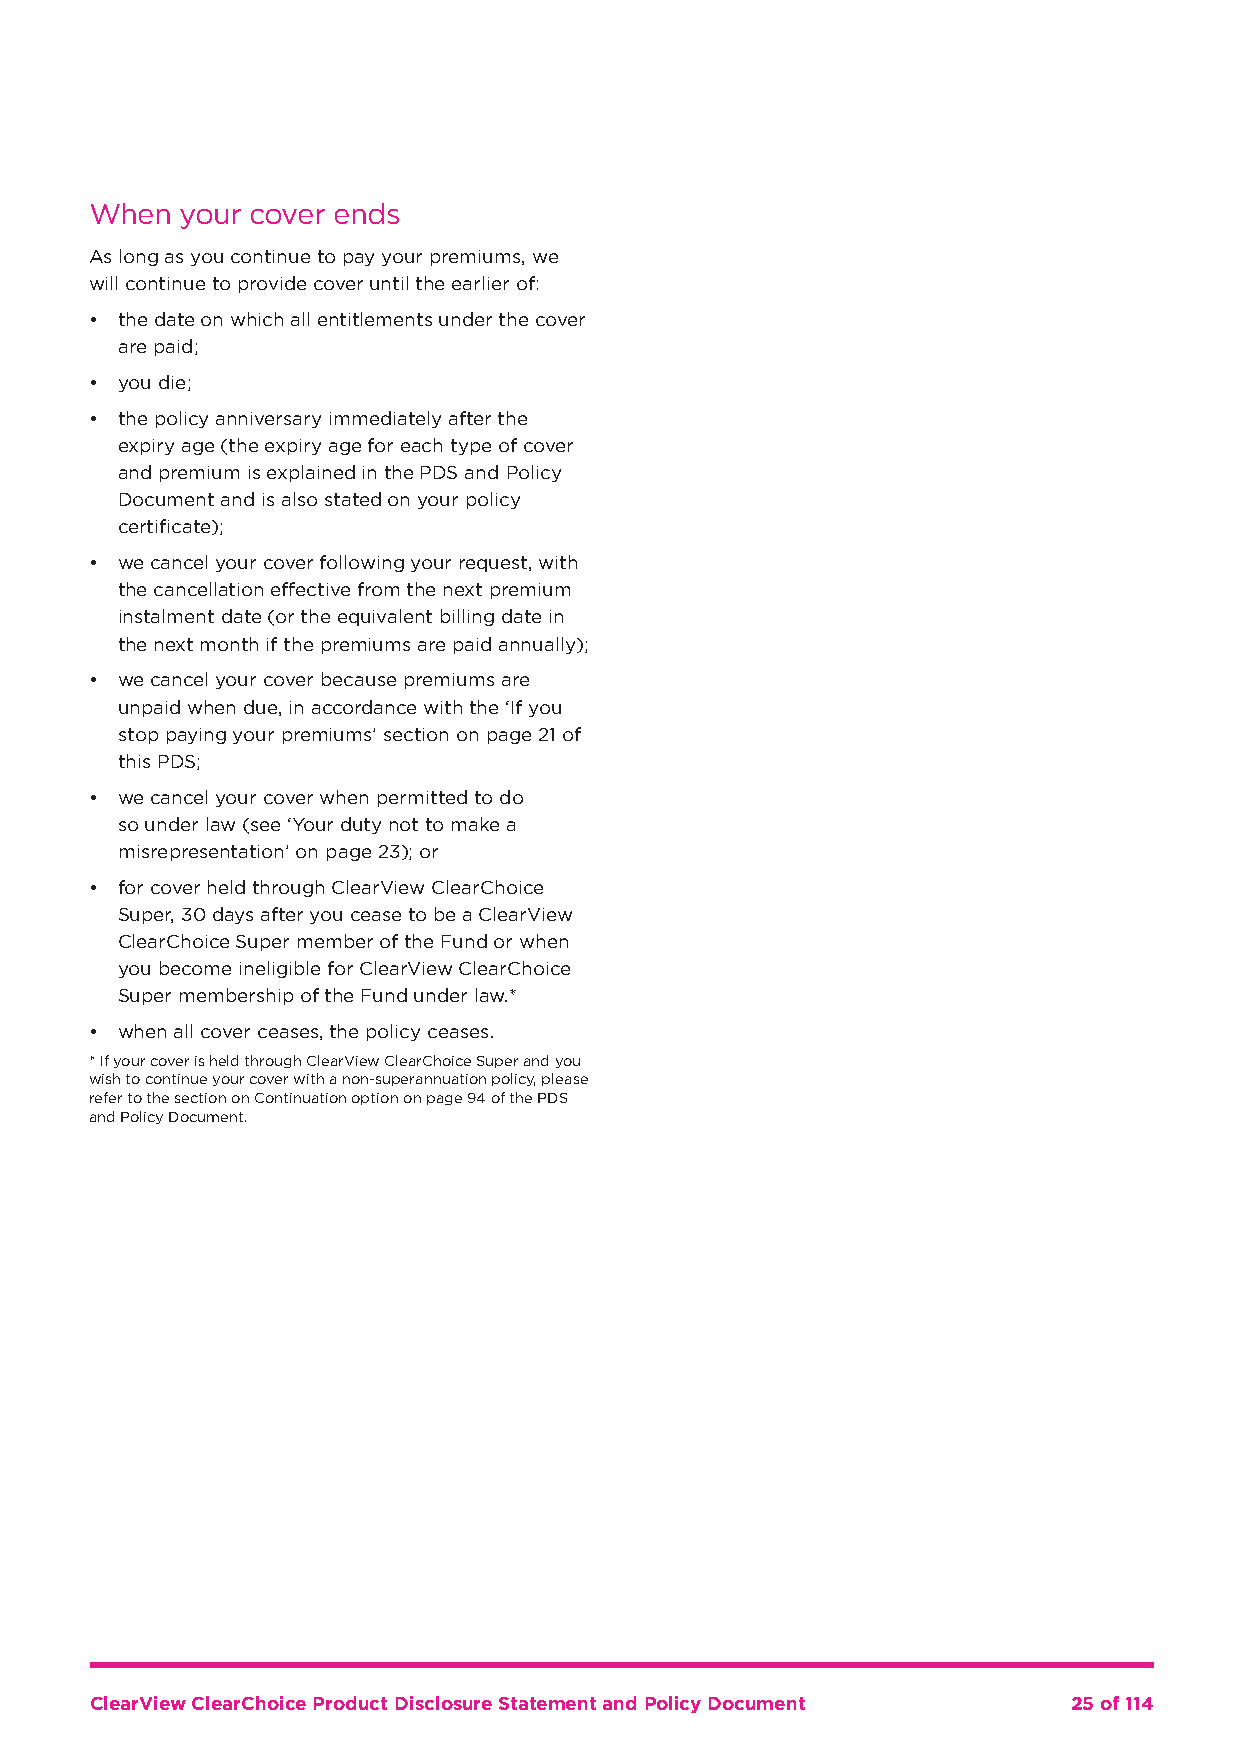
When  your cover ends
 As long as you continue to pay your premiums, we
 will continue to provide cover until the earlier of:
 • the date on which all entitlements under the cover
 are paid;
 • you die;
 • the policy anniversary immediately after the
 expiry age (the expiry age for each type of cover
 and premium is explained in the PDS and Policy
 Document and is also stated on your policy
 certificate);
 • we cancel your cover following your request, with
 the cancellation effective from the next premium
 instalment date (or the equivalent billing date in
 the next month if the premiums are paid annually);
 • we cancel your cover because premiums are
 unpaid when due, in accordance with the ‘If you
 stop paying your premiums’ section on page 21 of
 this PDS;
 • we cancel your cover when permitted to do
 so under law (see ‘Your duty not to make a
 misrepresentation’ on page 23); or
 • for cover held through ClearView ClearChoice
 Super, 30 days after you cease to be a ClearView
 ClearChoice Super member of the Fund or when
 you become ineligible for ClearView ClearChoice
 Super membership of the Fund under law.*
 • when all cover ceases, the policy ceases.
 * If your cover is held through ClearView ClearChoice Super and you
 wish to continue your cover with a non-superannuation policy, please
 refer to the section on Continuation option on page 94 of the PDS
 and Policy Document.
 ClearView ClearChoice Product Disclosure Statement and Policy Document 25 of 114